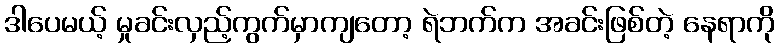
ဒါပေမယ့် မှုခင်းလှည့်ကွက်မှာကျတော့ ရဲဘက်က အခင်းဖြစ်တဲ့ နေရာကို